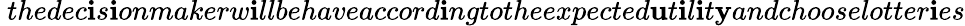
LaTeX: \ thedec\mathbf{i}s\mathbf{i}onmakerw\mathbf{i}llbehaveaccord\mathbf{i}ngtotheexpected\mathbf{u}t\mathbf{i}l\mathbf{i}t\mathbf{y}andchooselotter\mathbf{i}es